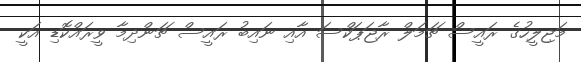
މަޖިލީހުގެ ރައީސް ޗަމަލް ރާޖަޕަކްސަ އާއި ނައިބު ރައީސް ޗަންދިމާ ވީރައްކޮޑި އަކީ